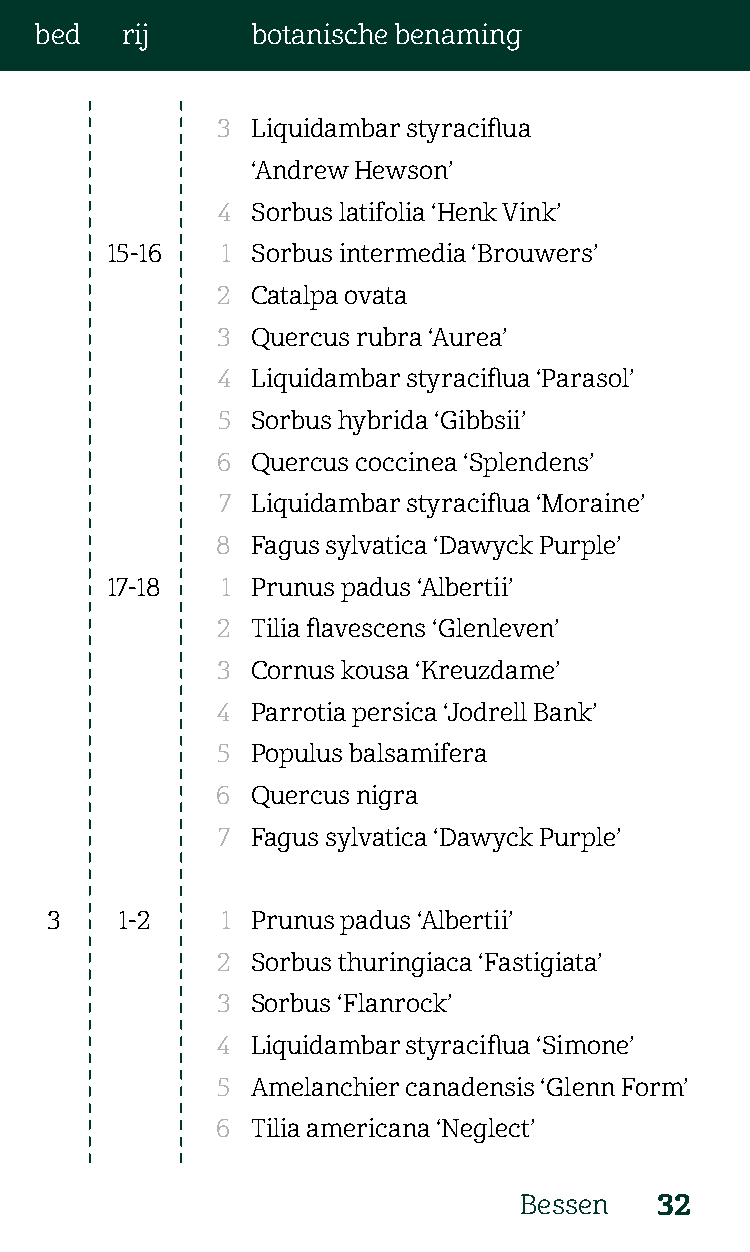
bed   rij      botanische benaming
 3  Liquidambar styraciflua
 ‘Andrew Hewson’
 4  Sorbus latifolia ‘Henk Vink’
 15-16   1 Sorbus intermedia ‘Brouwers’
 2  Catalpa ovata
 3  Quercus rubra ‘Aurea’
 4  Liquidambar styraciflua ‘Parasol’
 5  Sorbus hybrida ‘Gibbsii’
 6  Quercus coccinea ‘Splendens’
 7  Liquidambar styraciflua ‘Moraine’
 8  Fagus sylvatica ‘Dawyck Purple’
 17-18   1 Prunus padus ‘Albertii’
 2  Tilia flavescens ‘Glenleven’
 3  Cornus kousa ‘Kreuzdame’
 4  Parrotia persica ‘Jodrell Bank’
 5  Populus balsamifera
 6  Quercus nigra
 7  Fagus sylvatica ‘Dawyck Purple’
 3    1-2    1 Prunus padus ‘Albertii’
 2  Sorbus thuringiaca ‘Fastigiata’
 3  Sorbus ‘Flanrock’
 4  Liquidambar styraciflua ‘Simone’
 5  Amelanchier canadensis ‘Glenn Form’
 6  Tilia americana ‘Neglect’
 Bessen    32